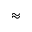
\approx